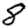
Digit: 8